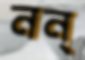
নন্